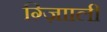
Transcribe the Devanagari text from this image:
ग़्ज़ाािली